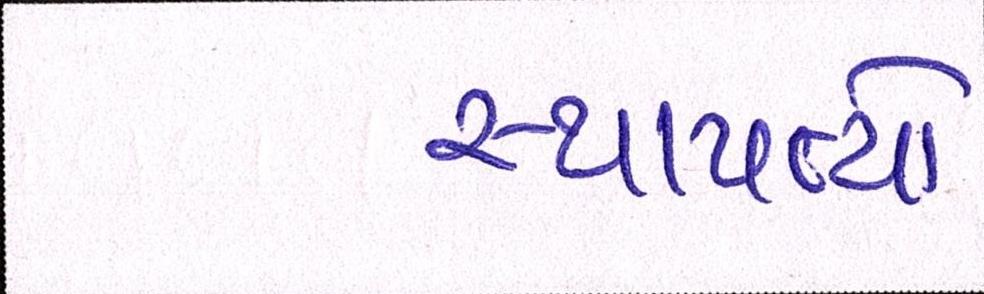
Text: સ્થાપત્યો